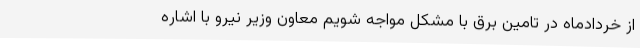
از خردادماه در تامین برق با مشکل مواجه شویم معاون وزیر نیرو با اشاره